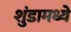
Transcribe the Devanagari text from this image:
शुंडामध्ये